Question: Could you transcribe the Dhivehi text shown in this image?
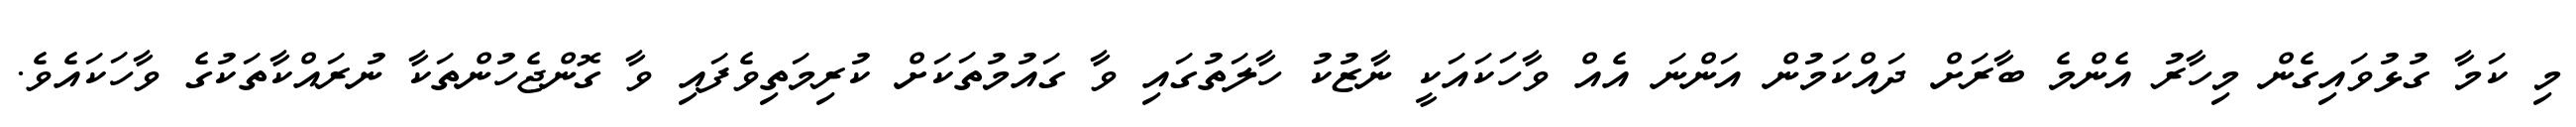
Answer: މި ކަމާ ގުޅުވައިގެން މިހާރު އެންމެ ބާރަށް ދައްކަމުން އަންނަ އެއް ވާހަކައަކީ ނާޒުކު ހާލަތުގައި ވާ ގައުމުތަކަށް ކުރިމަތިވެފައި ވާ ގޮންޖެހުންތަކާ ނުރައްކާތަކުގެ ވާހަކައެވެ.